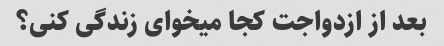
بعد از ازدواجت کجا میخوای زندگی کنی؟